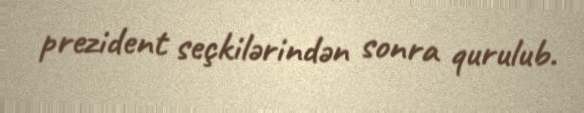
prezident seçkilərindən sonra qurulub.